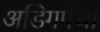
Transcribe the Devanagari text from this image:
अडिगपंथी